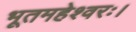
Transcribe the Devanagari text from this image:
भूतमहेश्वरः।